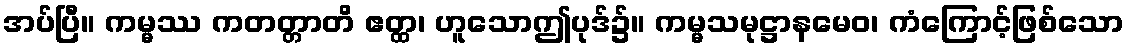
အပ်ပြီ။ ကမ္မဿ ကတတ္တာတိ ဧတ္ထ၊ ဟူသောဤပုဒ်၌။ ကမ္မသမုဋ္ဌာနမေဝ၊ ကံကြောင့်ဖြစ်သော